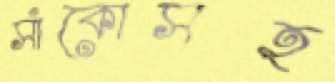
সাঁকোসহ